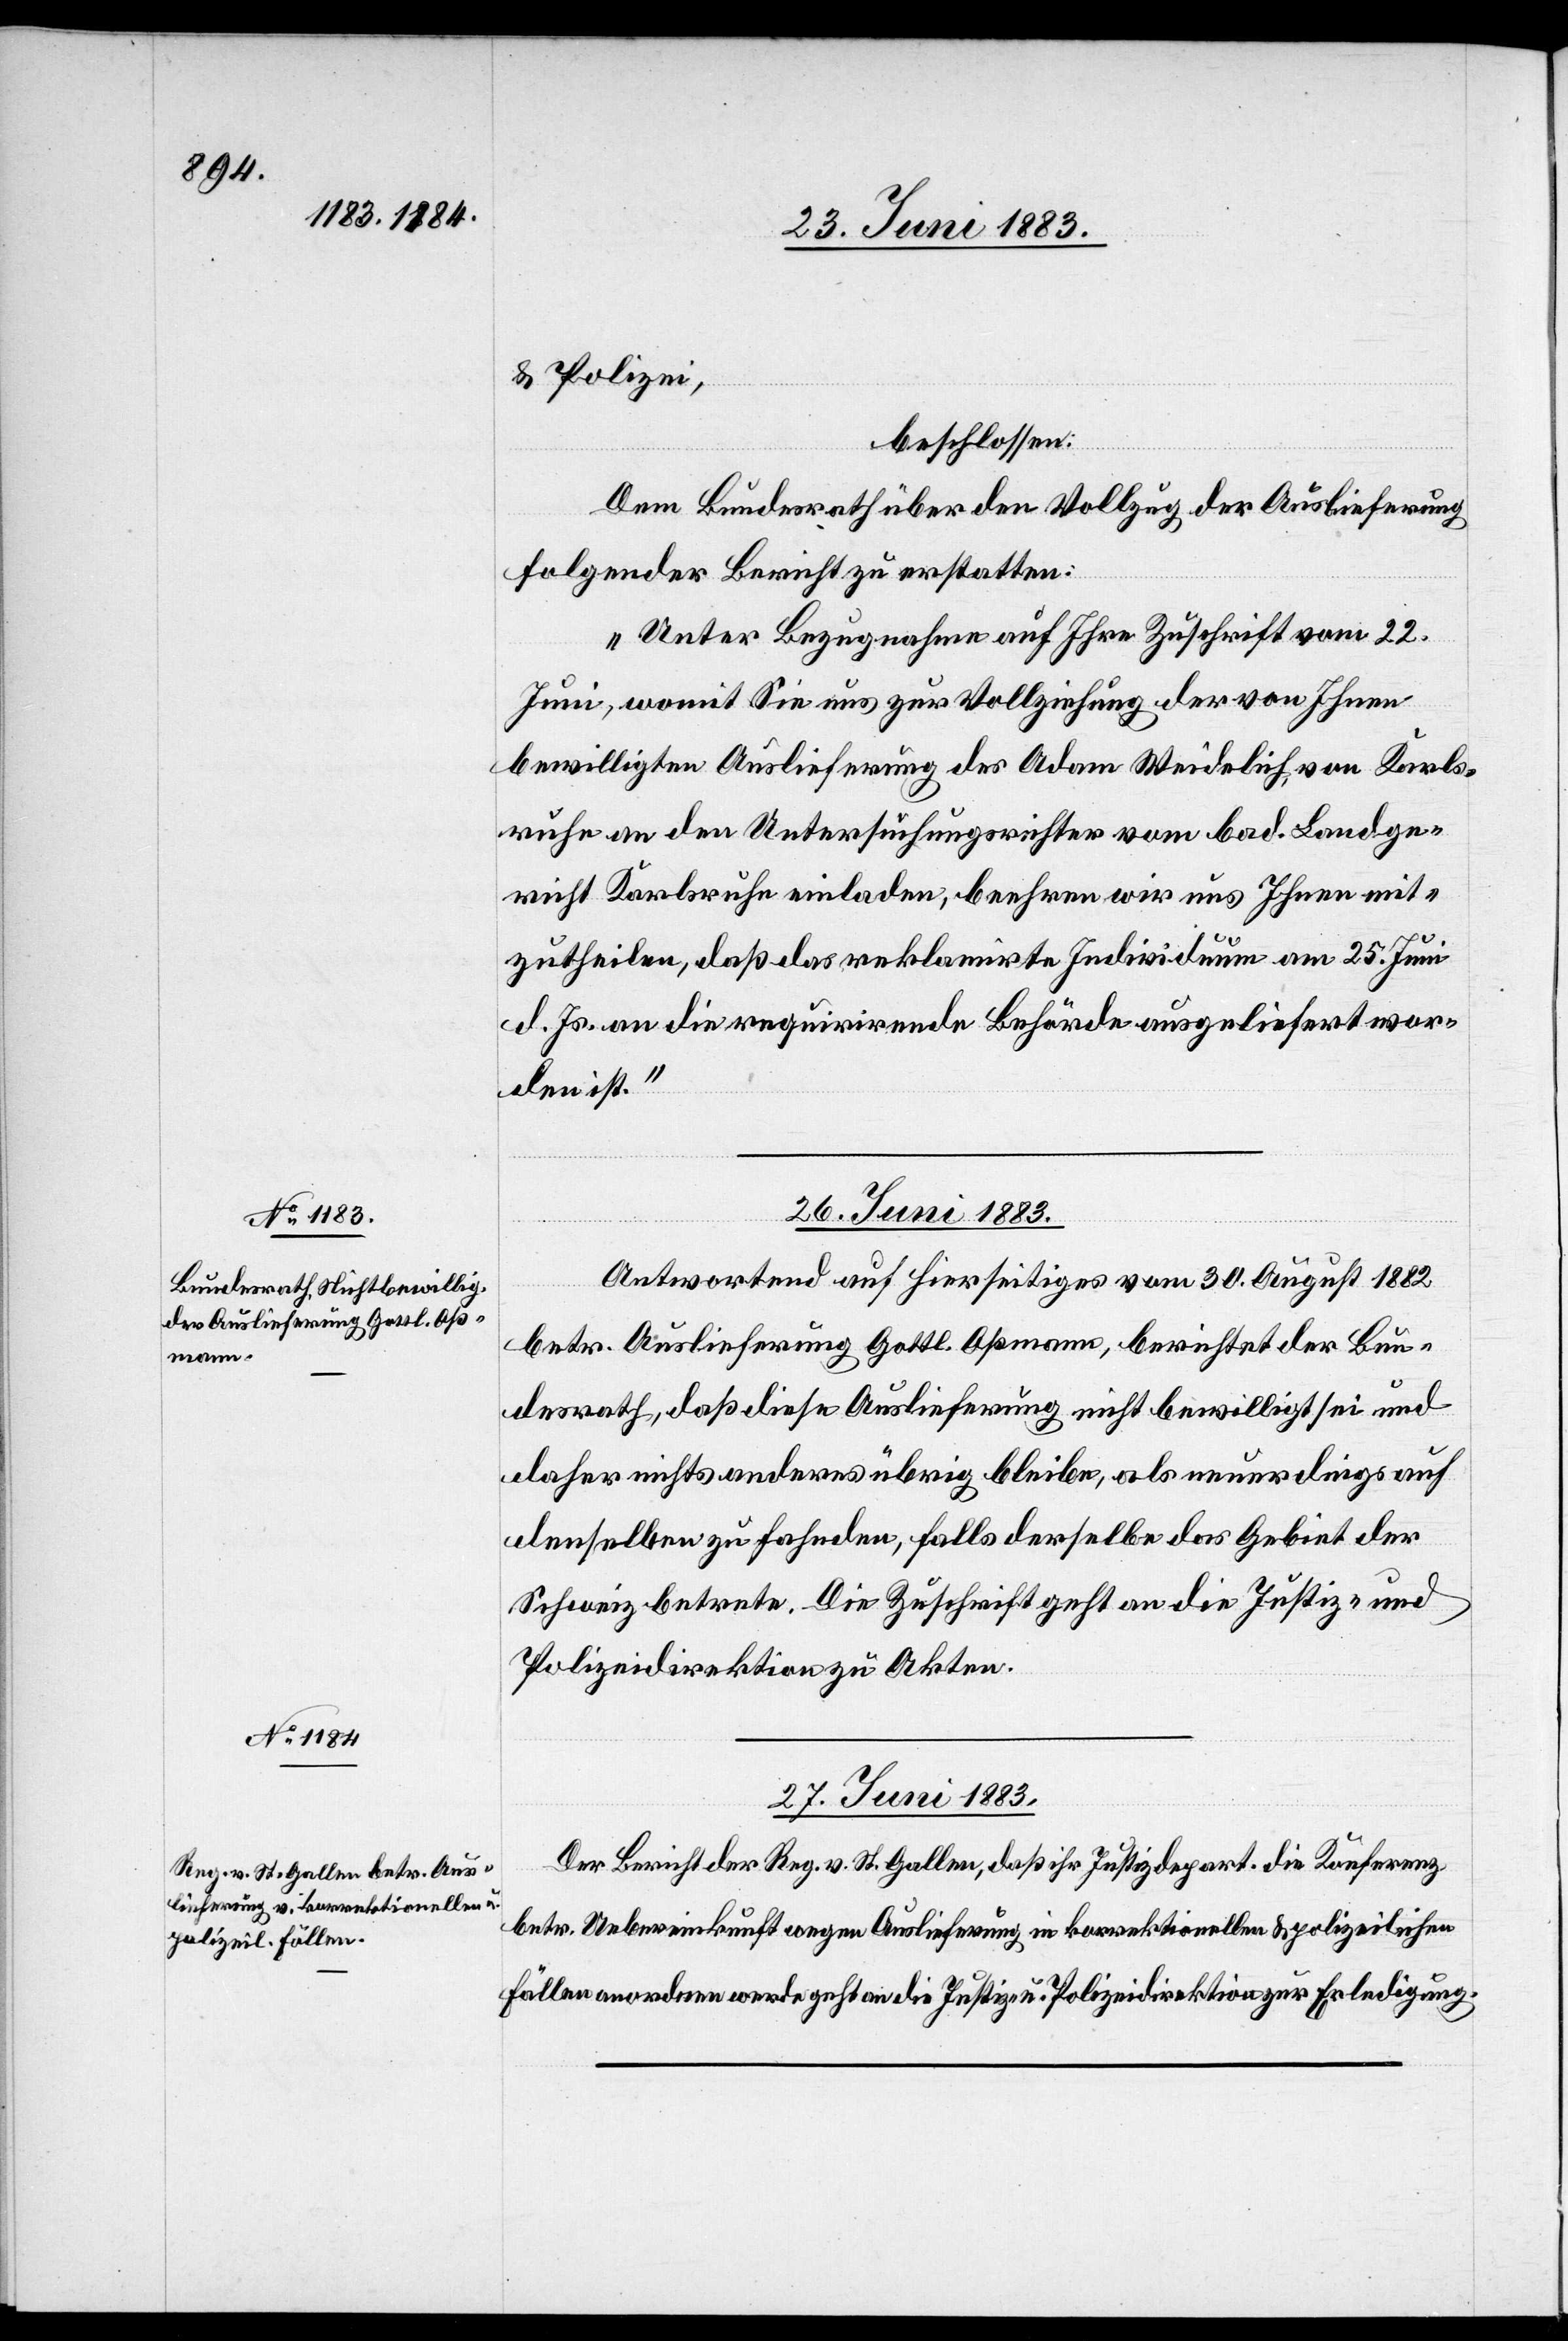
& Polizei,
beschlossen:
Dem Bundesrath über den Vollzug der Auslieferung
folgender [sic!] Bericht zu erstatten:
„Unter Bezugnahme auf Ihre Zuschrift vom 22.
Juni, womit sie uns zur Vollziehung der von Ihnen
bewilligten Auslieferung des Adam Weidelich, von Karls¬
ruhe an den Untersuchungsrichter vom bad. Landge¬
richt Karlsruhe einladen, beehren wir uns Ihnen mit¬
zutheilen, daß das reklamirte Individuum am 25. Juni
d. Js. an die requirirende Behörde ausgeliefert wor¬
den ist.“
26. Juni 1883.
Antwort auf Hierseitiges vom 30. August 1882
betr. Auslieferung Gottl. Aßmann, berichtet der Bun¬
desrath, daß diese Auslieferung nicht bewilligt sei und
daher nichts anderes übrig bleibe, als neuerdings auf
denselben zu fahnden, falls derselbe das Gebiet der
Schweiz betrete. Die Zuschrift geht an die Justiz- &
Polizeidirektion zu Akten.
27. Juni 1883.
Der Bericht der Reg. v. St. Gallen, daß ihr Justizdepart. die Konferenz
betr. Uebereinkunft wegen Auslieferung in korrektionellen & polizeilichen
Fällen anordnen werde geht an die Justiz- & Polizeidirektion zur Erledigung.